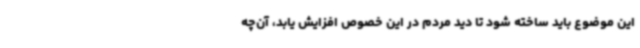
این موضوع باید ساخته شود تا دید مردم در این خصوص افزایش یابد، آن‌چه